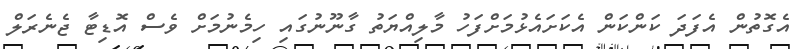
އެގޮތުން އެފަދަ ކަންކަން އެކަށައެޅުމަށްފަހު މާލިއްޔަތު ގާނޫނުގައި ހިމެނުމަށް ވެސް އޮޑިޓާ ޖެނެރަލް